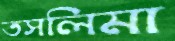
তসলিমা